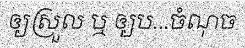
ឲ្យស្រួល ឬ ឲ្យប...ចំណុច